Vaccination report Assam 1874-1896 - 1874-1896
Year: 1874
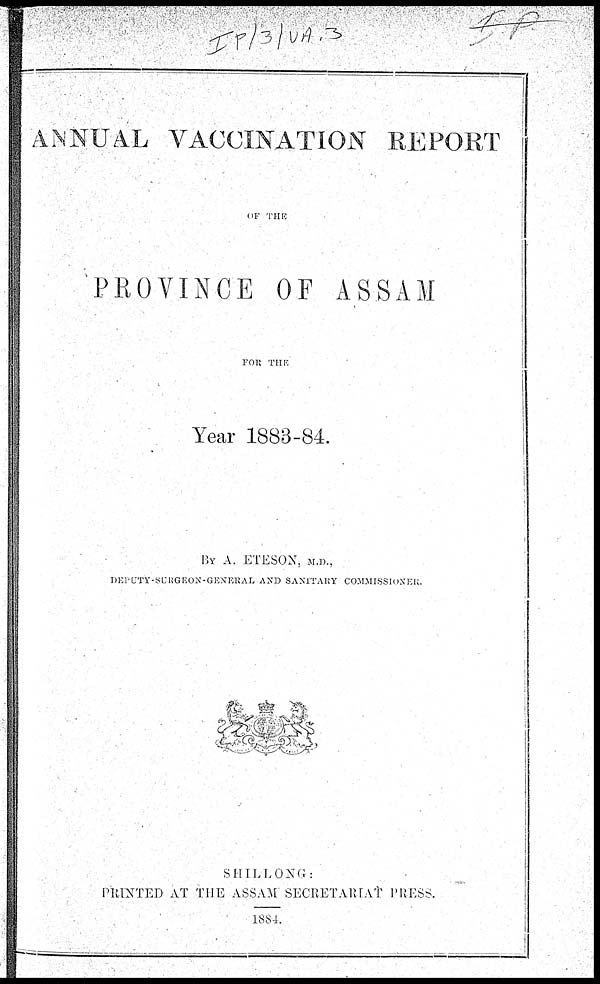
ANNUAL VACCINATION REPORT
OF THE
PROVINCE OF ASSAM
FOR THE
Year 1883-84.
BY A. ETESON, M.D.,
DEPUTY-SURGEON-GENERAL AND SANITARY COMMISSIONER.
SHILLONG:
PRINTED AT THE ASSAM SECRETARIAT PRESS.
1884.